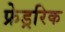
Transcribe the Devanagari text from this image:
फ्रेड्ररिक